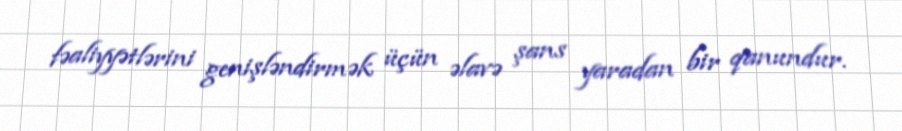
fəaliyyətlərini genişləndirmək üçün əlavə şans yaradan bir qanundur.